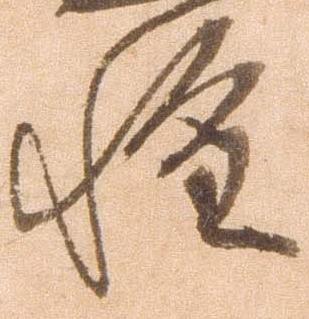
惶